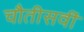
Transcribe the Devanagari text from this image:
चौतीसवीं